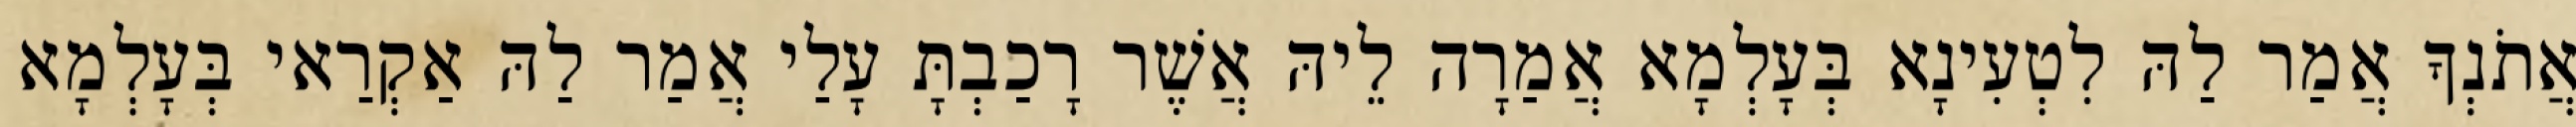
אֲתֹנְךָ אֲמַר לַהּ לִטְעִינָא בְּעָלְמָא אֲמַרָה לֵיהּ אֲשֶׁר רָכַבְתָּ עָלַי אֲמַר לַהּ אַקְרַאי בְּעָלְמָא